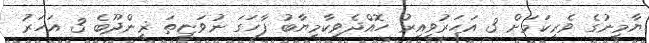
ޔާމީނުގެ ވެރިކަމަށް 3 އަހަރުވީއިރު ހޮއްދެވިކާމިޔާބު ފާހަގަ ނުވަޏީތަ ޜީންދޫބެ 3 އަހަރު